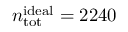
n _ { \mathrm { t o t } } ^ { \mathrm { i d e a l } } = 2 2 4 0